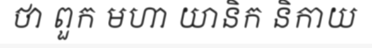
ថា ពួក មហា យានិក និកាយ